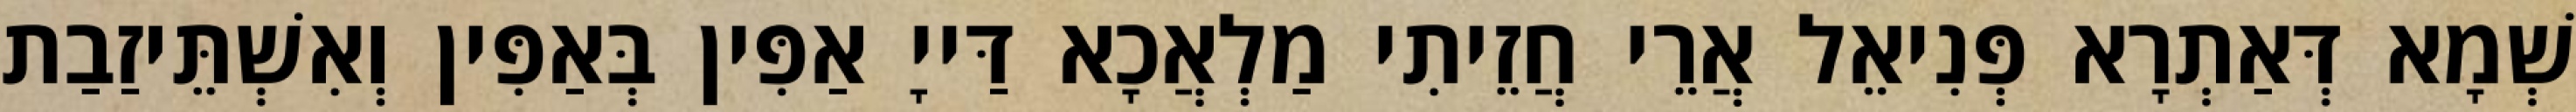
שְׁמָא דְּאַתְרָא פְּנִיאֵל אֲרֵי חֲזֵיתִי מַלְאֲכָא דַּייָ אַפִּין בְּאַפִּין וְאִשְׁתֵּיזַבַת